Report of an investigation of the epidemic of malarial fever in Assam, or, kala-azar
Disease focus: Malaria
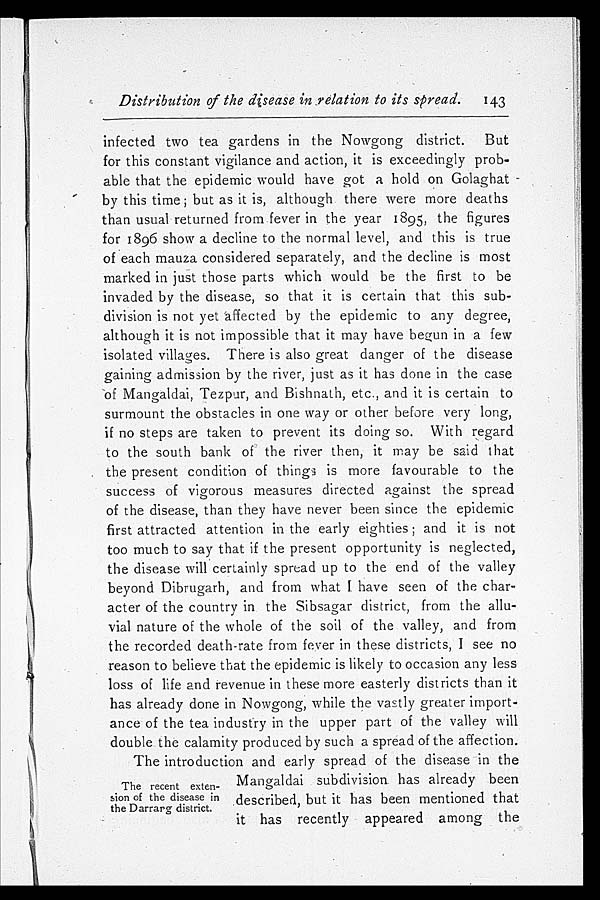
Distribution of the disease in relation to its spread. 143
infected two tea gardens in the Nowgong district. But
for this constant vigilance and action, it is exceedingly prob
-able that the epidemic would have got a hold on Golaghat
b y t h i s t i me ; b u t a s i t i s , a l t h o u g h t h e r e we r e mo r e d e a t h s
than usual returned from fever in the year 1895, the figures
for 1896 show a decline to the normal level, and this is true
of each mauza considered separately, and the decline is most
marked in just those parts which would be the first to be
invaded by the disease, so that it is certain that this sub
-division is not yet affected by the epidemic to any degree,
although it is not impossible that it may have begun in a few
isolated villages. There is also great danger of the disease
gaining admission by the river, just as it has done in the case
of Mangaldai, Tezpur, and Bishnath, etc., and it is certain to
surmount the obstacles in one way or other before very long,
if no steps are taken to prevent its doing so. With regard
to the south bank of the river then, it may be said that
the present condition of things is more favourable to the
success of vigorous measures directed against the spread
of the disease, than they have never been since the epidemic
first attracted attention in the early eighties; and it is not
too much to say that if the present opportunity is neglected,
the disease will certainly spread up to the end of the valley
beyond Dibrugarh, and from what have seen of the char
-acter of the country in the Sibsagar district, from the allu
-vial nature of the whole of the soil of the valley, and from
the recorded death-rate from fever in these districts, I see no
reason to believe that the epidemic is likely to occasion any less
loss of life and revenue in these more easterly districts than it
has already done in Nowgong, while the vastly greater import
-ance of the tea industry in the upper part of the valley will
double the calamity produced by such a spread of the affection.
The introduction and early spread of the disease in the
Mangaldai subdivision has already been
described, but it has been mentioned that
it has recently appeared among the
The recent exten
- s i o n o f t h e d i s e a s e i n the Darrarg district.